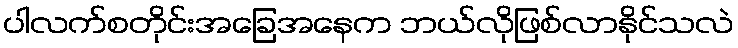
ပါလက်စတိုင်းအခြေအနေက ဘယ်လိုဖြစ်လာနိုင်သလဲ